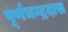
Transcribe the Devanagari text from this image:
पूर्णचन्द्रदास